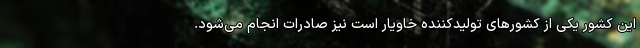
این کشور یکی از کشورهای تولیدکننده خاویار است نیز صادرات انجام می‌شود.